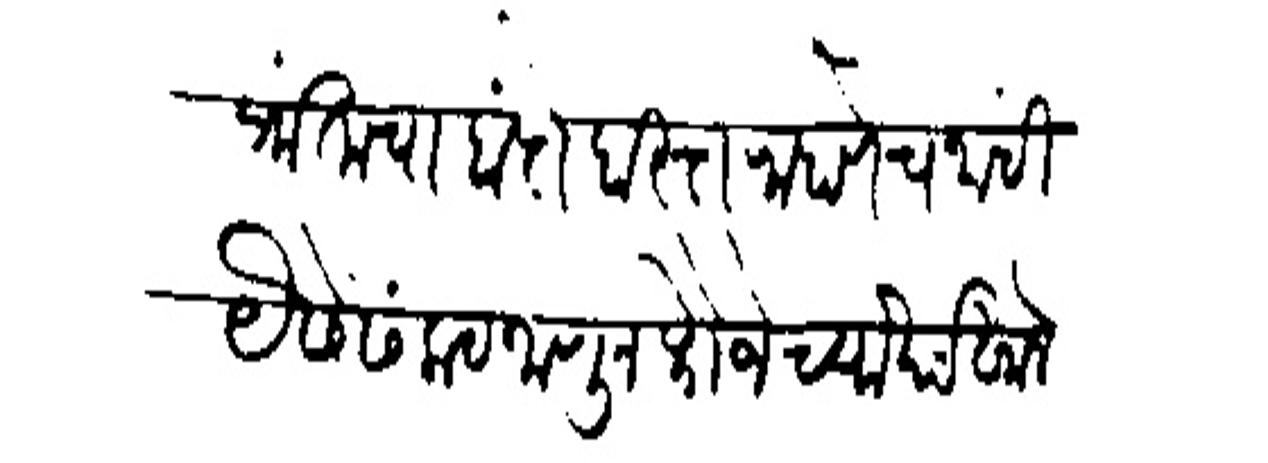
Transliteration (Devanagari): प्रांताचा बंदोबस्त राहाणेच नाहीं यैसे संकट जाणून फौजेच्या खचंखाले